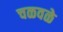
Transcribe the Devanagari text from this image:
चळवळे